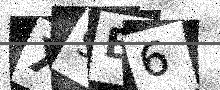
Text: X9E6